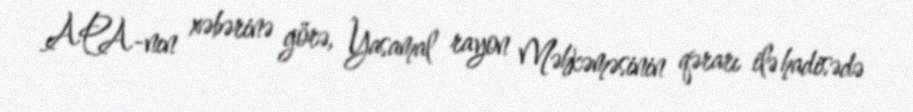
APA-nın xəbərinə görə, Yasamal rayon Məhkəməsinin qərarı ilə hadisədə